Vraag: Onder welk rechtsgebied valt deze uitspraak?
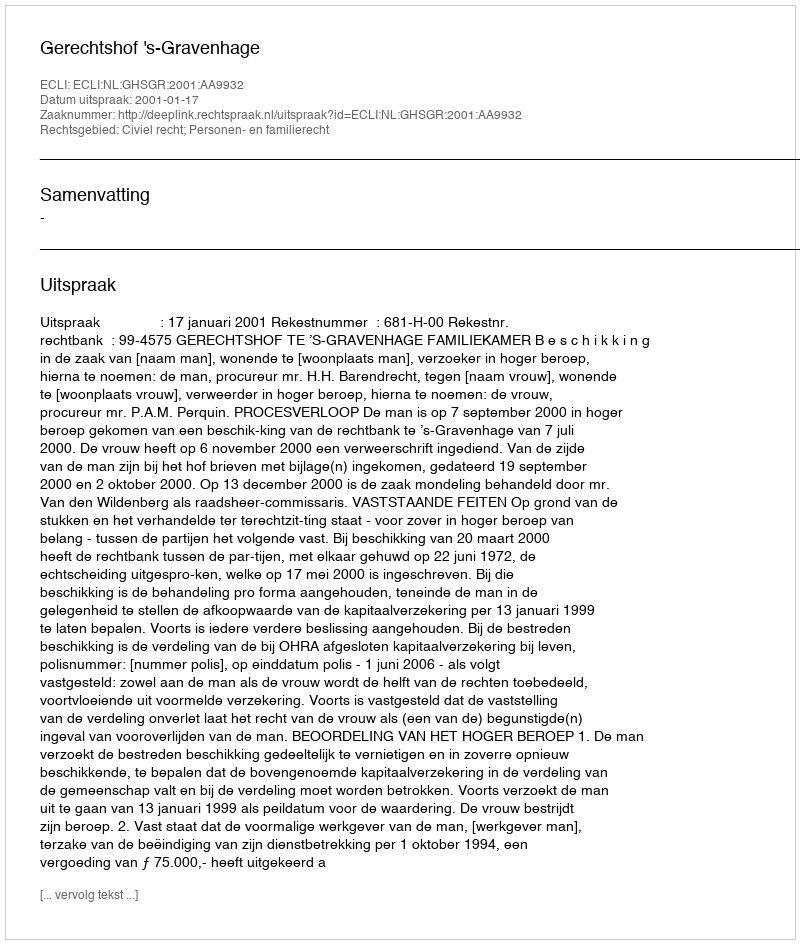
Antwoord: Civiel recht; Personen- en familierecht